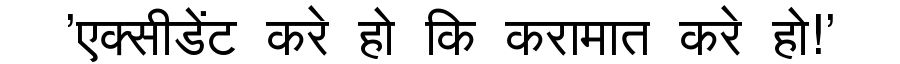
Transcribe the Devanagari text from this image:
'एक्सीडेंट करे हो कि करामात करे हो!'